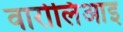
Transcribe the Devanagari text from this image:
वारोलिआइ